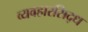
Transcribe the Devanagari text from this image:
व्यवहारसिद्ध